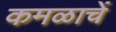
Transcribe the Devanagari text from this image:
कमळाचें